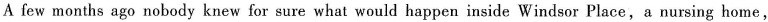
A few months ago nobody knew for sure what would happen inside Windsor Place,a nursing home,